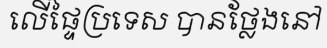
លើផ្ទៃប្រទេស បានថ្លែងនៅ